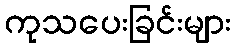
ကုသပေးခြင်းများ